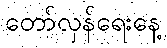
တော်လှန်ရေးနေ့